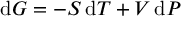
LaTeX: \mathrm { d } G = - S \, \mathrm { d } T + V \, \mathrm { d } P